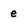
Character: e